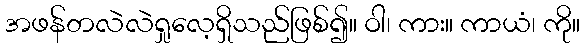
အဖန်တလဲလဲရှုလေ့ရှိသည်ဖြစ်၍။ ဝါ၊ ကား။ ကာယံ၊ ကို။